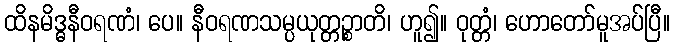
ထိနမိဒ္ဓနီဝရဏံ၊ ပေ။ နီဝရဏသမ္ပယုတ္တဉ္စာတိ၊ ဟူ၍။ ဝုတ္တံ၊ ဟောတော်မူအပ်ပြီ။